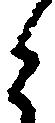
と